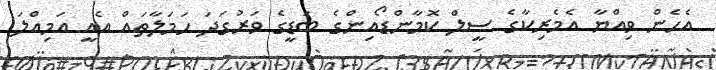
އެހެން ވިއްޔާ އެމެރިކާގެ ސީލް ކޮމާންޑޯއިންގެ ބަޑީގެ ވަރުގަދަ ހަމަލާތައް އެއީ އަމިއްލަ